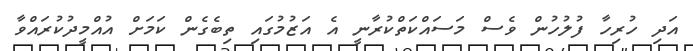
އަދި ހުރިހާ ފުލުހުން ވެސް މަސައްކަތްކުރާނީ އެ އަޒުމުގައި ތިބެގެން ކަމަށް އުއްމީދުކުރައްވާ